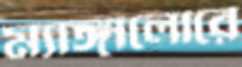
ম্যাঙ্গালোরে